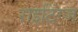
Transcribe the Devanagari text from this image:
राइटिंग्ज